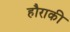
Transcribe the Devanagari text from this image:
हौराकी